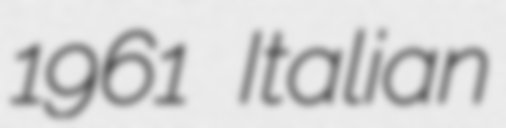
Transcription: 1961 Italian